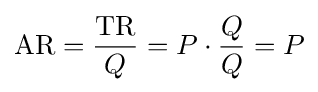
{\text{AR}}={\frac {\text{TR}}{Q}}=P\cdot {\frac {Q}{Q}}=P